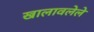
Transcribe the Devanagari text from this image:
खालावलेले